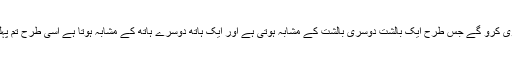
تم پہلی قوموں کے حالات کی پیروی کرو گے جس طرح ایک بالشت دوسری بالشت کے مشابہ ہوتی ہے اور ایک ہاتھ دوسرے ہاتھ کے مشابہ ہوتا ہے اسی طرح تم پہلی قوموں کے نقشِ قدم پر چلو گے۔